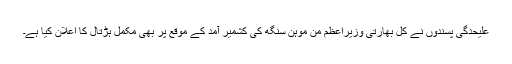
علیحدگی پسندوں نے کل بھارتی وزیراعظم من موہن سنگھ کی کشمیر آمد کے موقع پر بھی مکمل ہڑتال کا اعلان کیا ہے۔